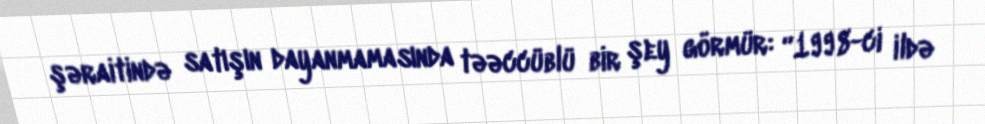
şəraitində satışın dayanmamasında təəccüblü bir şey görmür: “1998-ci ildə